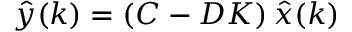
{ \hat { y } } ( k ) = \left( C - D K \right) { \hat { x } } ( k )